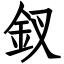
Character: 釵